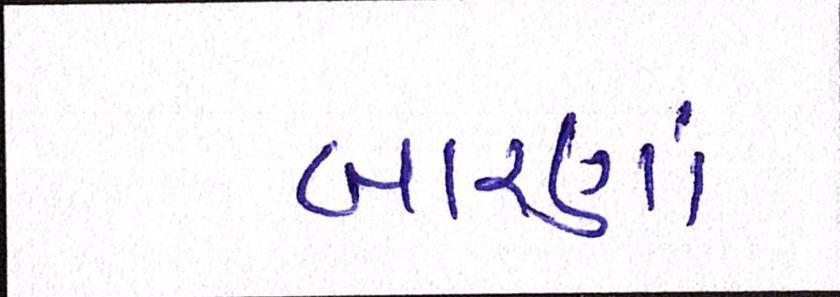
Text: બારણાં